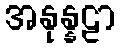
အနုန္နဠာ